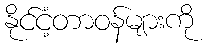
နိုင်ငံ့တာဝန်များကို